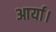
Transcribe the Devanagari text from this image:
आर्या।